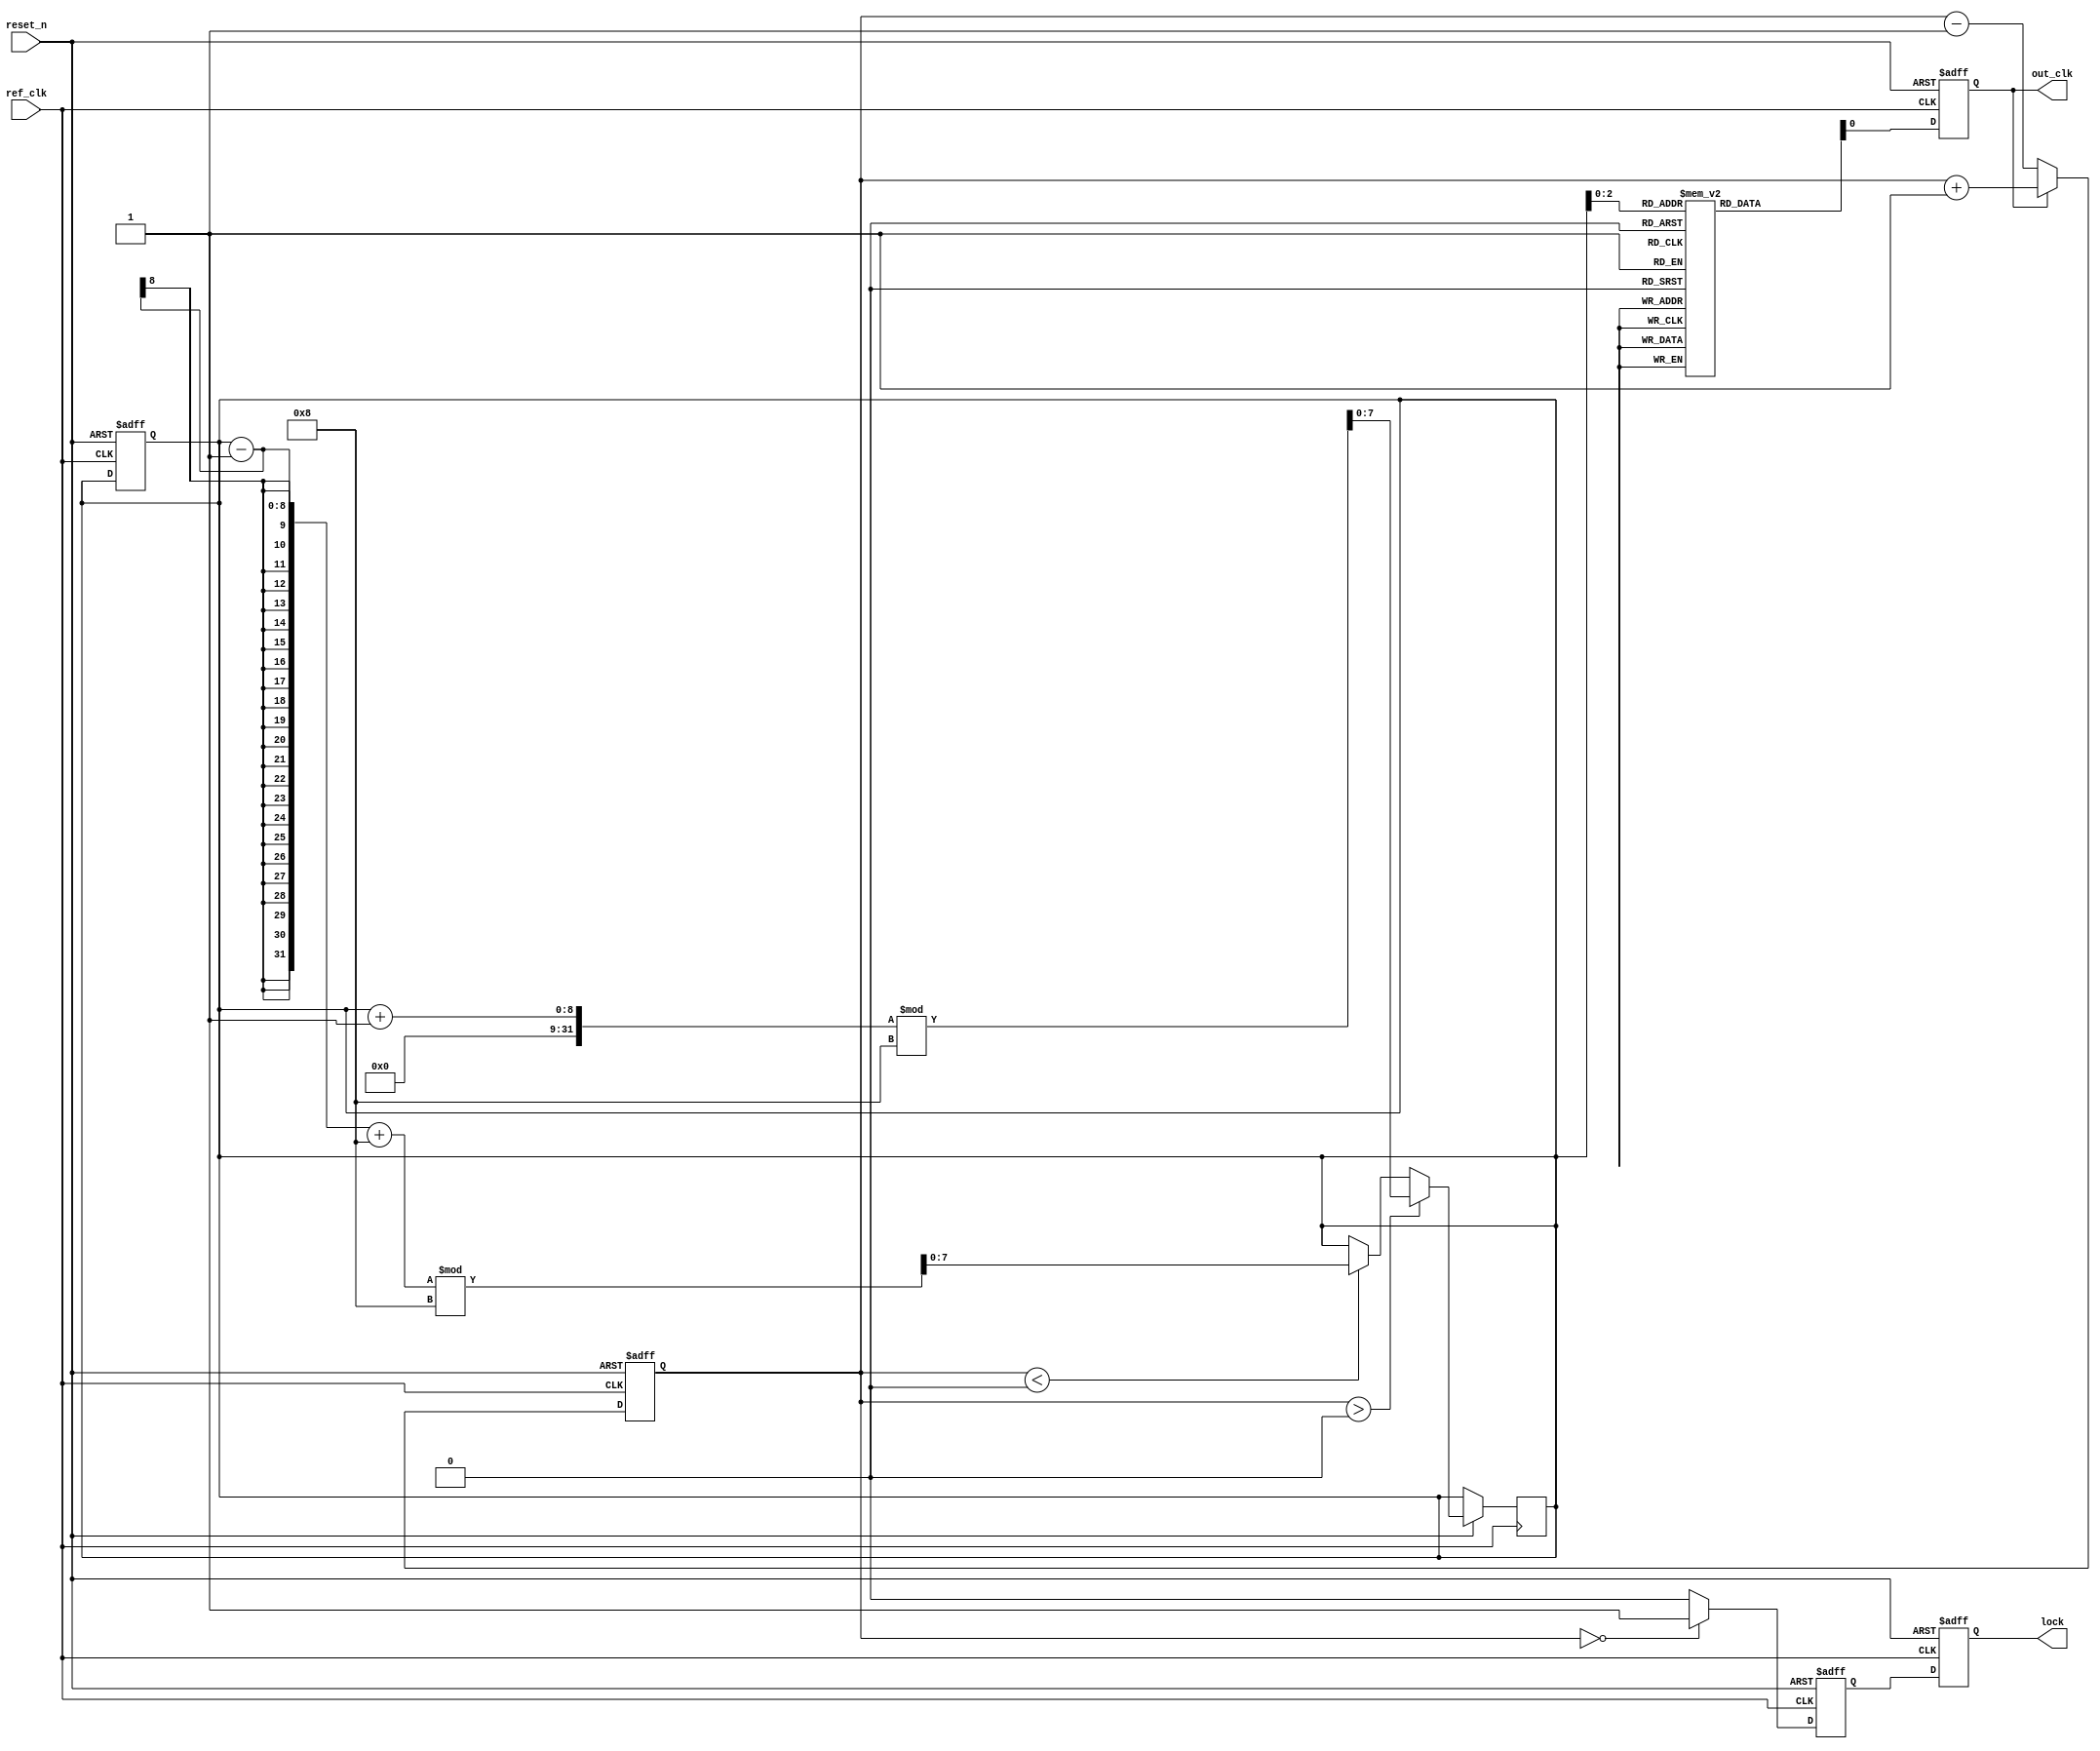
module MemoryBlocksDLL (
    input wire ref_clk,          // Reference clock input
    input wire reset_n,         // Active-low reset
    output reg out_clk,         // Output clock
    output reg lock             // Lock indication
);

    parameter NUM_DELAY_STAGES = 8; // Number of delay stages
    reg [NUM_DELAY_STAGES-1:0] delay_line [0:NUM_DELAY_STAGES-1]; // Delay line
    reg [NUM_DELAY_STAGES-1:0] selected_delay; // Selected delay stage
    reg [3:0] phase_error; // Phase error signal
    reg [3:0] delay_setting; // Delay setting from memory
    reg [3:0] current_state; // State of the control logic
    reg locked; // Internal lock state

    // Phase Detector
    always @(posedge ref_clk or negedge reset_n) begin
        if (!reset_n) begin
            phase_error <= 0;
        end else begin
            // Compare reference clock and delayed output clock
            if (out_clk) begin
                phase_error <= phase_error + 1; // Update phase error
            end else begin
                phase_error <= phase_error - 1; // Update phase error
            end
        end
    end

    // Delay Line Implementation
    always @(posedge ref_clk or negedge reset_n) begin
        if (!reset_n) begin
            out_clk <= 0;
            selected_delay <= 0;
        end else begin
            out_clk <= delay_line[selected_delay]; // Select output from delay line
        end
    end

    // Control Logic to adjust delay line based on phase error
    always @(posedge ref_clk or negedge reset_n) begin
        if (!reset_n) begin
            current_state <= 0;
            locked <= 0;
        end else begin
            if (phase_error > 0) begin
                // Increase delay
                selected_delay <= (selected_delay + 1) % NUM_DELAY_STAGES;
            end else if (phase_error < 0) begin
                // Decrease delay
                selected_delay <= (selected_delay - 1 + NUM_DELAY_STAGES) % NUM_DELAY_STAGES;
            end
            
            // Update lock status
            if (phase_error == 0) begin
                locked <= 1; // Lock if phase error is zero
            end else begin
                locked <= 0; // Not locked
            end
        end
    end

    // Lock detection logic
    always @(posedge ref_clk or negedge reset_n) begin
        if (!reset_n) begin
            lock <= 0;
        end else begin
            lock <= locked; // Update lock signal
        end
    end

    // Memory Blocks for delay settings (Simple example)
    always @(posedge ref_clk or negedge reset_n) begin
        if (!reset_n) begin
            delay_setting <= 4'b0000; // Initialize delay settings
        end else begin
            // Logic to read/write from memory blocks (not implemented)
            // This section can be expanded based on your memory implementation
        end
    end

endmodule